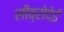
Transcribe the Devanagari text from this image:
लीव्रोदेई